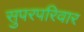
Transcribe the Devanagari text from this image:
सुपरपरिवार